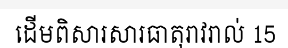
ដើមពិសារសារធាតុរាវរាល់ 15